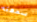
سمعته